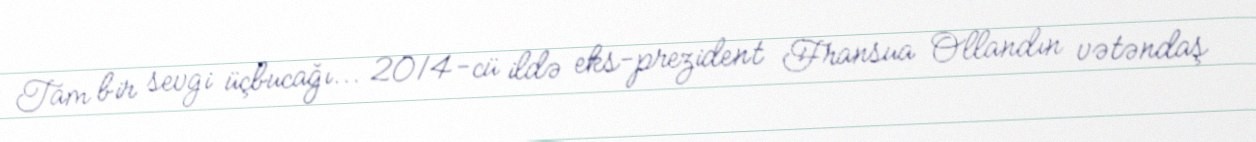
Tam bir sevgi üçbucağı... 2014-cü ildə eks-prezident Fransua Ollandın vətəndaş